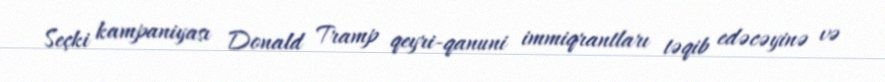
Seçki kampaniyası Donald Tramp qeyri-qanuni immiqrantları təqib edəcəyinə və